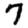
Digit: 7